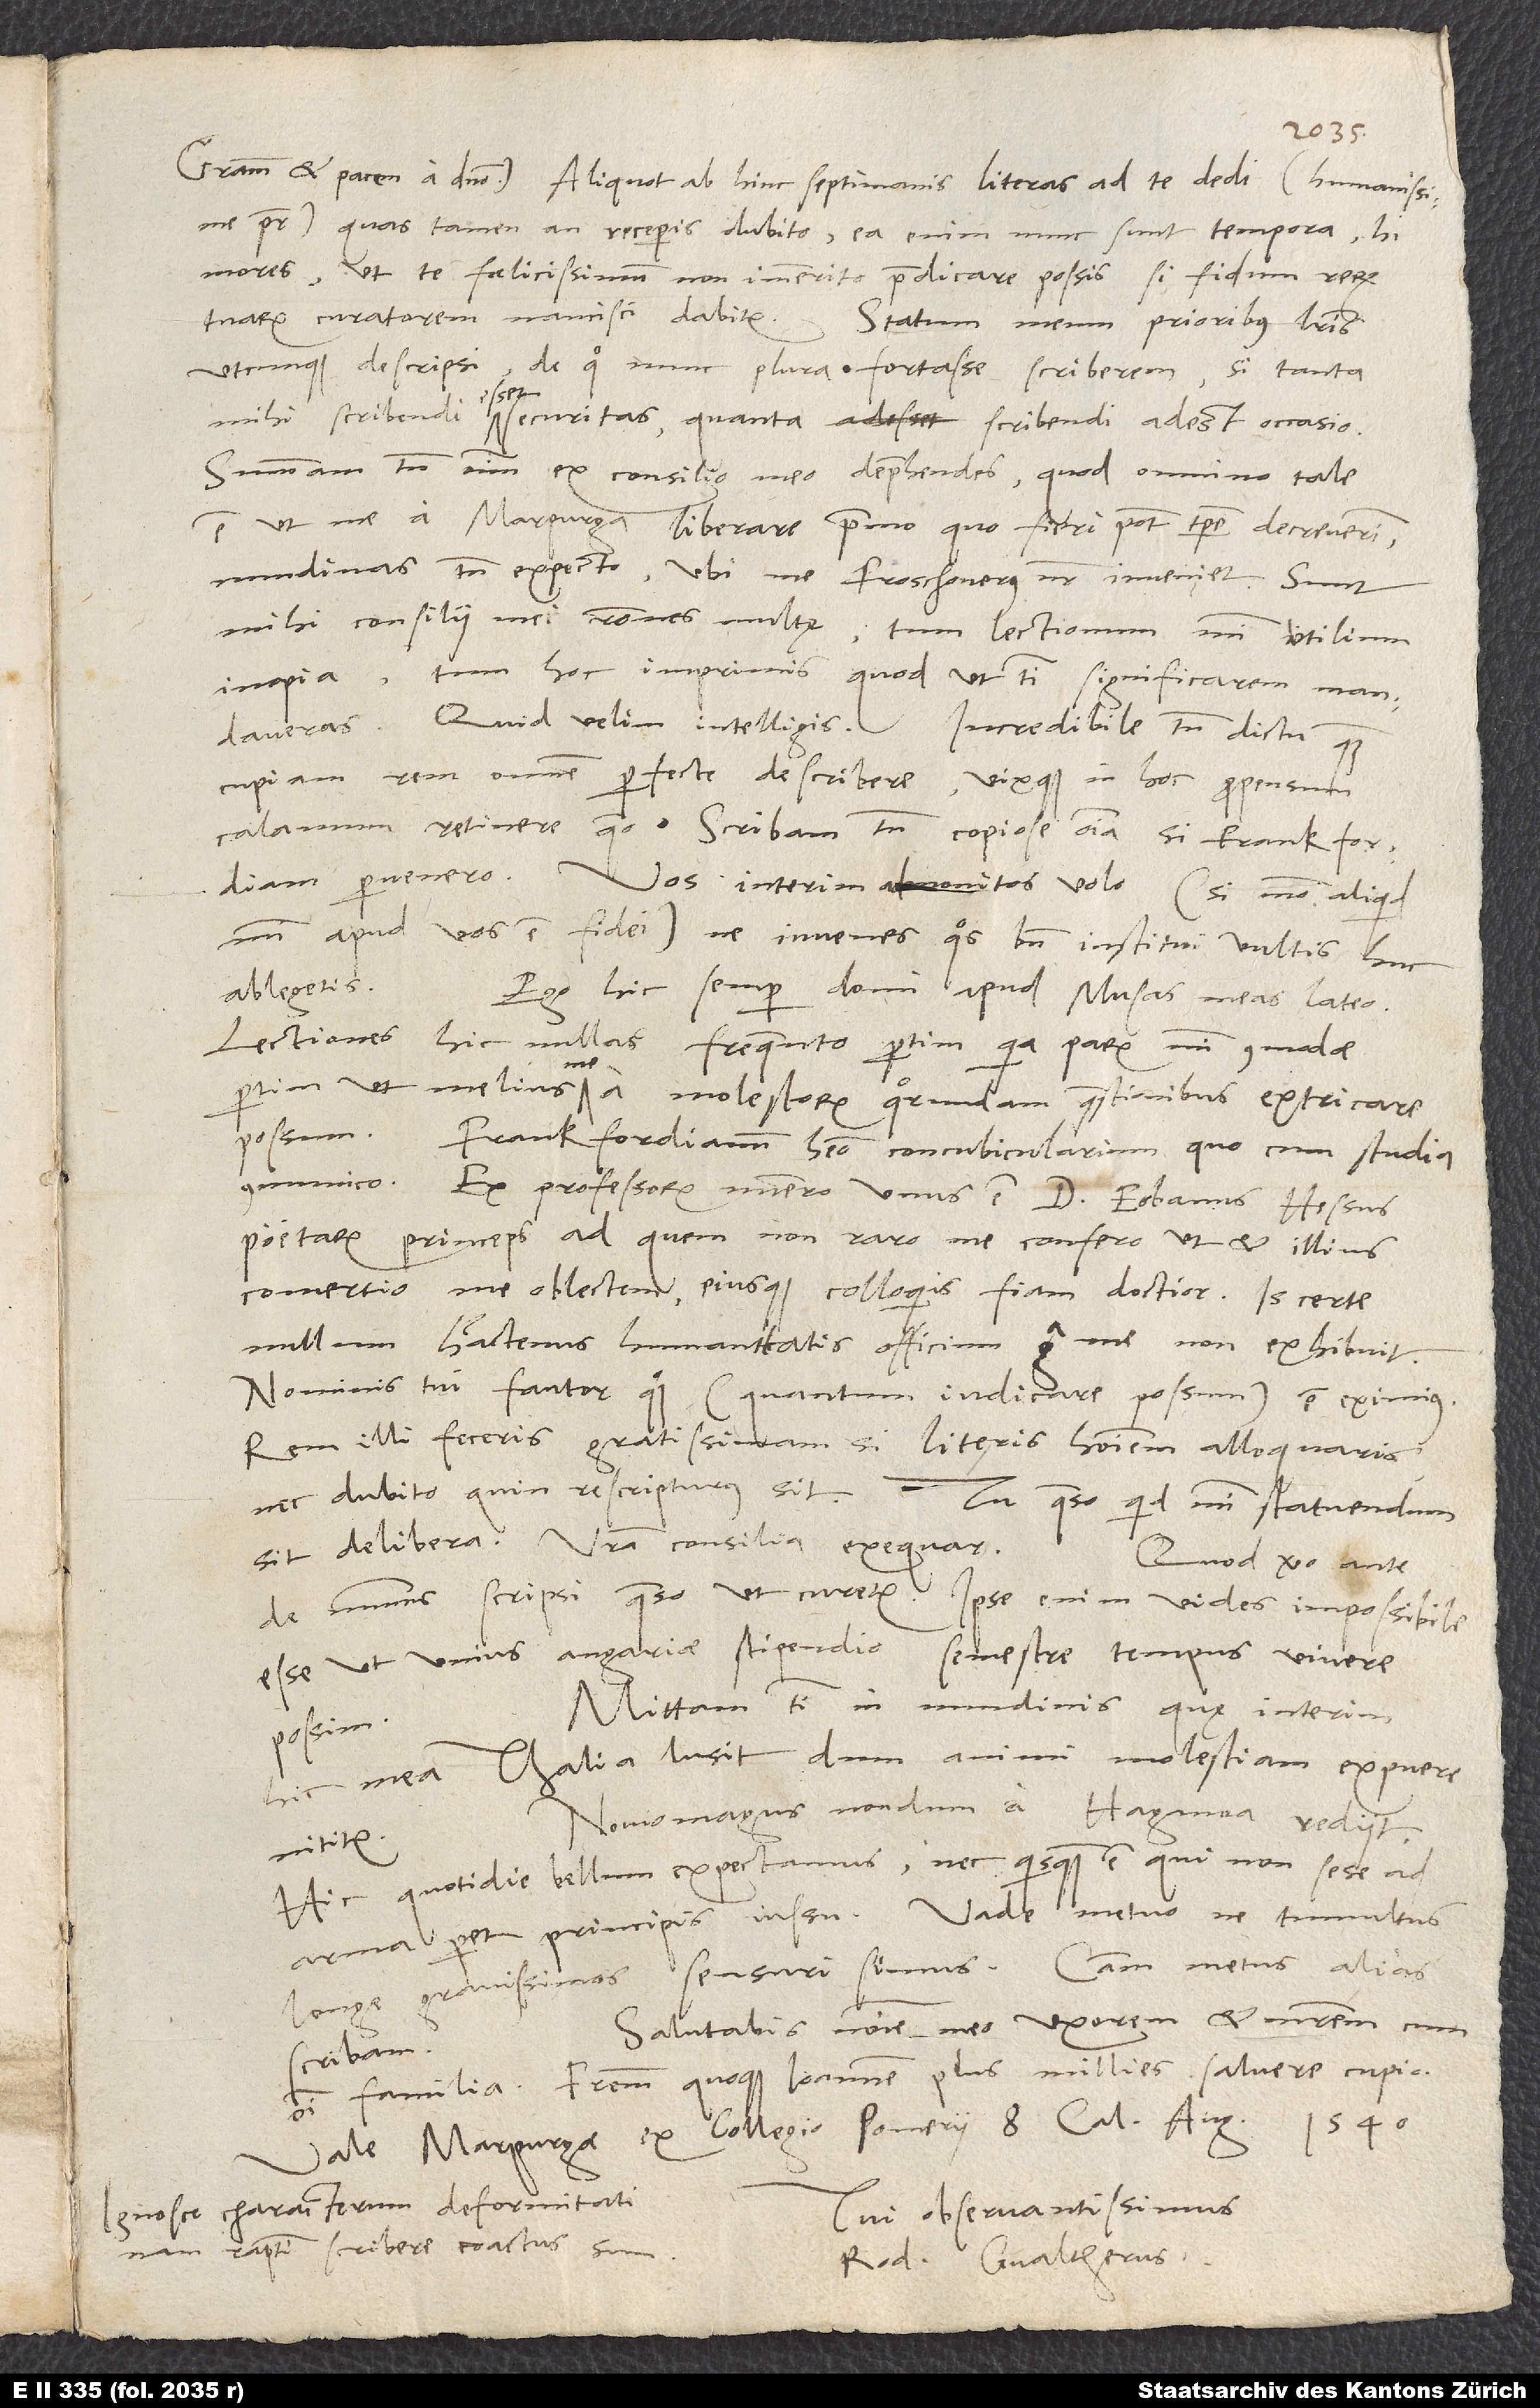
pater, quas tamen, an receperis, dubito; ea enim nunc sunt tempora, hi
mores, ut te foelicissimum non immerito praedicare possis, si fidum rerum
utcunque descripsi, de quo nunc plura fortasse scriberem, si tanta
mihi scribendi esset securitas, quanta scribendi adest occasio.
Summam tamen omnium ex consilio meo deprehendes, quod omnino tale
est, ut me a Marpurga liberare primo, quo fieri potest, tempore decreverim.
Nundinas tamen expecto, ubi me Froschouerus noster inveniet. Sunt
mihi consilii mei rationes multę, tum lectionum mihi utilium
inopia, tum hoc imprimis, quod, ut tibi significarem, mandaveras.
Quid velim, intelligis. Incredibile tamen dictu, quam
cupiam rem omnem perfecte describere, vixque in hoc propensum
calamum retinere queo. Scribam tamen copiose omnia, si Frankfordiam
pervenero. Vos interim admonitos volo (si modo aliquid
mihi apud vos est fidei), ne iuvenes, quos bene institui vultis, huc
ablegetis.
Ego hic semper domi apud Musas meas lateo.
Lectiones hic nullas frequento, partim, quia parum mihi commodae,
ut melius me a molestorum quorundam quaestionibus extricare
possum. Frankfordianum habeo concubicularium, quo cum studia
communico. Ex professorum numero unus est d. Eobanus Hessus,
poetarum princeps, ad quem non raro me confero, ut et illius
comertio me oblectem eiusque colloquiis fiam doctior. Is certe
nullum hactenus humanitatis officium erga me non exhibuit.
Nominis tui fautor quoque (quantum iudicare possum) est eximius.
Rem illi feceris gratissimam, si literis hominem alloquaris,
sit, delibera. Vestra consilia exequar.
Quod vero ante
de nummis scripsi, quaeso, ut curetur. Ipse enim vides impossibile
esse, ut unius angariae stipendio semestre tempus vivere
Mittam tibi in nundinis, quę interim
possim.
hic mea Thalia lusit, dum animi molestiam expuere
Noviomagus nondum a Haganoa rediit.
nititur.
Hic quotidie bellum expectamus, nec quisquam est, qui non sese ad
arma paret principis iussu. Valde metuo, ne tumultus
longe gravissimos sensuri simus. Causam metus alias
Salutabis nomine meo uxorem et matrem cum
scribam.
familia. Fratrem quoque Ioannem plus millies salvere cupio.
Marpurgae, ex collegio pomerii, 8. calendas augusti 1540.
Ignosce characterum deformitati,
Tui observantissimus
nam raptim scribere coactus sum.
Rod. Gvaltherus.